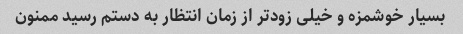
بسیار خوشمزه و خیلی زودتر از زمان انتظار به دستم رسید ممنون